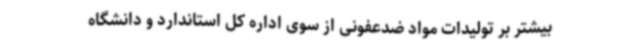
بیشتر بر تولیدات مواد ضدعفونی از سوی اداره کل استاندارد و دانشگاه